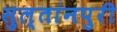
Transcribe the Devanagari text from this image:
सुल्तांनपुरी